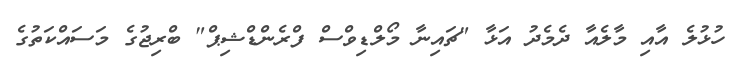
ހުޅުލެ އާއި މާލެއާ ދެމެދު އަޅާ "ޗައިނާ މޯލްޑިވްސް ފްރެންޑްޝިޕް" ބްރިޖުގެ މަސައްކަތުގެ